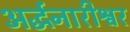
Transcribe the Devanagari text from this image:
अर्द्धनारीश्वर